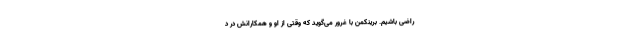
راضی باشیم. برینکمن با غرور می‌گوید که وقتی از او و همکارانش در د